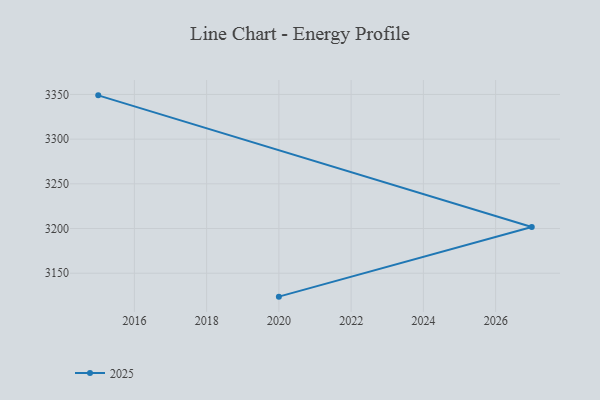
{"axis": {"x": "Year", "y": "Net Income (USD K)"}, "legend": ["2025"], "data": [{"x": "2015", "y": 3349.0, "type": "2025"}, {"x": "2027", "y": 3201.8, "type": "2025"}, {"x": "2020", "y": 3123.8, "type": "2025"}]}